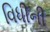
વિધીની